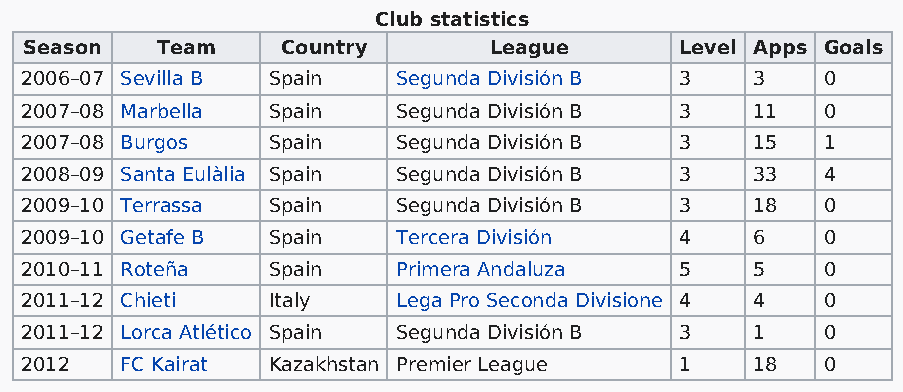
Club statistics
 Season  Team     Country      League       Level Apps Goals
 2006–07 Sevilla B Spain  Segunda División B 3    3   0
 2007–08 Marbella Spain   Segunda División B 3    11  0
 2007–08 Burgos   Spain   Segunda División B 3    15  1
 2008–09 Santa Eulàlia Spain Segunda División B 3 33  4
 2009–10 Terrassa Spain   Segunda División B 3    18  0
 2009–10 Getafe B Spain   Tercera División   4    6   0
 2010–11 Roteña   Spain   Primera Andaluza   5    5   0
 2011–12 Chieti   Italy   Lega Pro Seconda Divisione 4 4 0
 2011–12 Lorca Atlético Spain Segunda División B 3 1  0
 2012   FC Kairat Kazakhstan Premier League  1    18  0